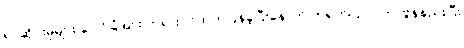
ရပ်ဆိုင်းမှုများ ပေါင်ခြံအား တရားဝင်ထုတ်ပြန်ခဲ့ပြီးနောက် တရုတ်ပြင်ပ ကာဗွန်နည်းပြီး